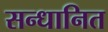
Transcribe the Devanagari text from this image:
सन्धानित